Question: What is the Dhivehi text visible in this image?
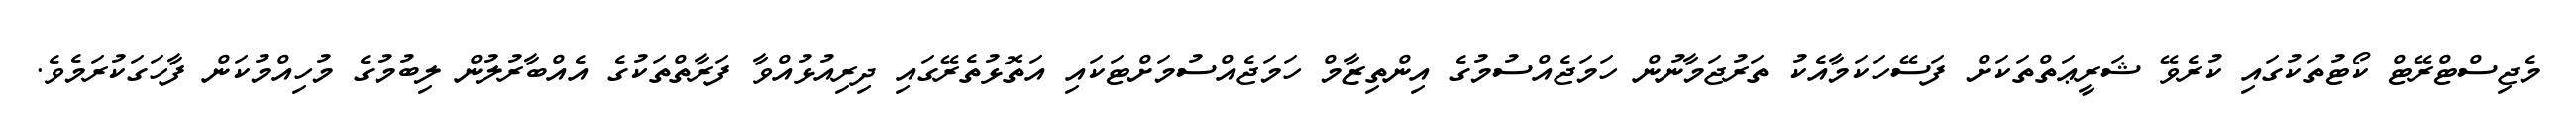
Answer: މެޖިސްޓްރޭޓް ކޯޓުތަކުގައި ކުރެވޭ ޝަރީޢަތްތަކަށް ފަސޭހަކަމާއެކު ތަރުޖަމާނުން ހަމަޖެއްސުމުގެ އިންތިޒާމް ހަމަޖެއްސުމަށްޓަކައި އަތޮޅުތެރޭގައި ދިރިއުޅުއްވާ ފަރާތްތަކުގެ އެއްބާރުލުން ލިބުމުގެ މުހިއްމުކަން ފާހަގަކުރަމެވެ.